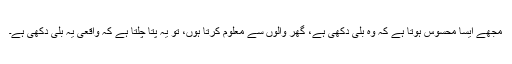
مجھے ایسا محسوس ہوتا ہے کہ وہ بلی دُکھی ہے، گھر والوں سے معلوم کرتا ہوں، تو یہ پتا چلتا ہے کہ واقعی یہ بلی دُکھی ہے۔